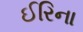
ઈરિના